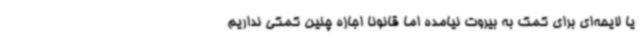
یا لایحه‌ای برای کمک به بیروت نیامده اما قانونا اجازه چنین کمکی نداریم